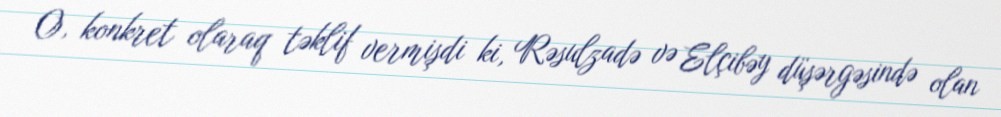
O, konkret olaraq təklif vermişdi ki, Rəsulzadə və Elçibəy düşərgəsində olan